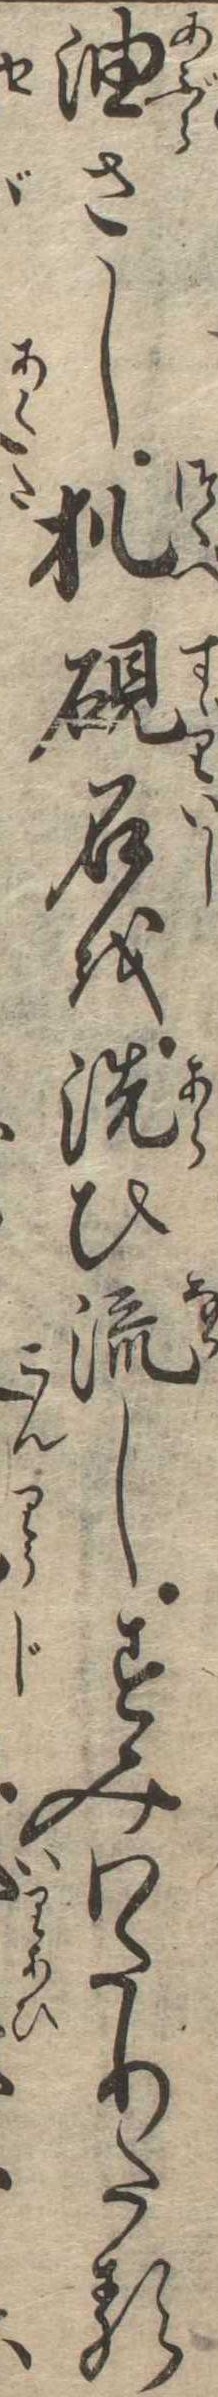
油さし机硯石を洗ひ流しすみわたりたる